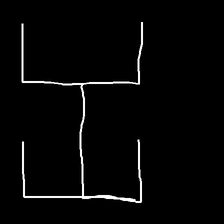
Glyph: entwine